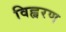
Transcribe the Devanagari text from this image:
विह्वरण